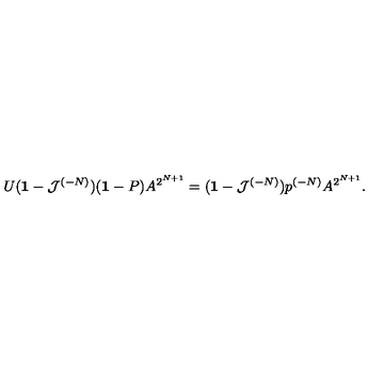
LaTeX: U ( { \bf 1 } - { \cal J } ^ { ( - N ) } ) ( { \bf 1 } - P ) A ^ { 2 ^ { N + 1 } } = ( { \bf 1 } - { \cal J } ^ { ( - N ) } ) p ^ { ( - N ) } A ^ { 2 ^ { N + 1 } } .